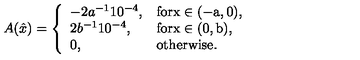
A ( \hat { x } ) = \left\{ \begin{array} { l l } { - 2 a ^ { - 1 } 1 0 ^ { - 4 } , } & { \mathrm { f o r x \in ( - a , 0 ) } , } \\ { 2 b ^ { - 1 } 1 0 ^ { - 4 } , } & { \mathrm { f o r x \in ( 0 , b ) } , } \\ { 0 , } & { \mathrm { o t h e r w i s e } . } \\ \end{array} \right.